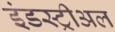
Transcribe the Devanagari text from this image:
इंडस्ट्रीअल